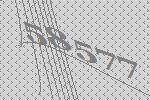
58577